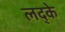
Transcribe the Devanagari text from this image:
लद्के